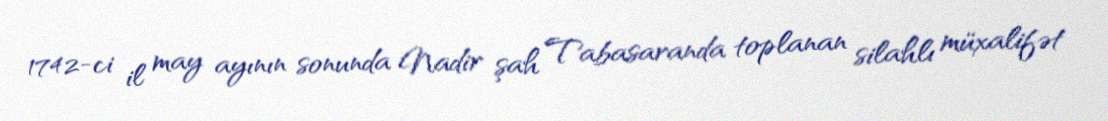
1742-ci il may ayının sonunda Nadir şah Tabasaranda toplanan silahlı müxalifət